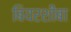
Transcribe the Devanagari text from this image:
बियरशीबा